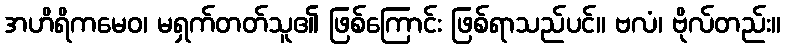
အဟိရိကမေဝ၊ မရှက်တတ်သူ၏ ဖြစ်ကြောင်း ဖြစ်ရာသည်ပင်။ ဗလံ၊ ဗိုလ်တည်း။